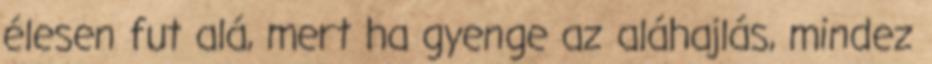
élesen fut alá, mert ha gyenge az aláhajlás, mindez